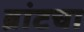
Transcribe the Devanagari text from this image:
ब्रांटचा